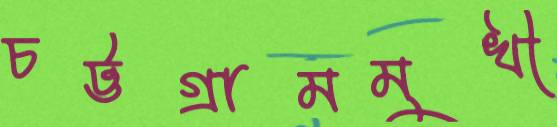
চট্টগ্রামমুখী